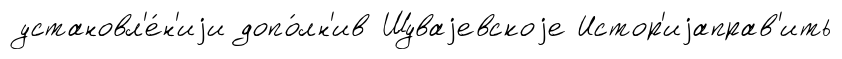
установл'е́н'иjи допо́лн'ив Шуваjевскоjе Истор'иjаправ'ить